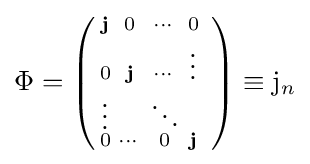
\Phi =\left({\begin{smallmatrix}\mathbf {j} &0&\cdots &0\\0&\mathbf {j} &\cdots &\vdots \\\vdots &&\ddots &&\\0&\cdots &0&\mathbf {j} \end{smallmatrix}}\right)\equiv \mathrm {j} _{n}